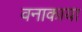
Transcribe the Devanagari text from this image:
वनाकाया